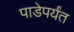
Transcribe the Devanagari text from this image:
पाडेपर्यंत